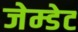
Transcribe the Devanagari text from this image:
जेम्डेट